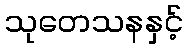
သုတေသနနှင့်